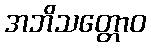
အဘိသတ္တောဝ